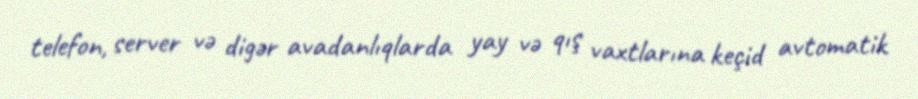
telefon, server və digər avadanlıqlarda yay və qış vaxtlarına keçid avtomatik